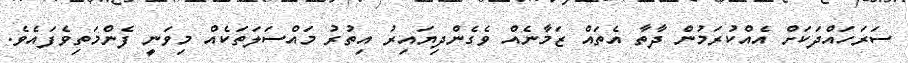
ސަރަހައްދަކަށް އެއްކުރަމުން ދާތާ އެތައް ޒަމާނެއް ވެގެންދިޔައިރު އިތުރު މައްސަލަތަކެއް މިވަނީ ފެންމަތިވެފައެވެ.